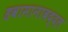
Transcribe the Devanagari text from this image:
हवामानाबद्दल